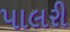
પાલરી